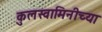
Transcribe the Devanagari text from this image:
कुलस्वामिनीच्या